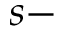
s -